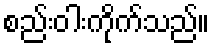
စည်းဝါးကိုက်သည်။